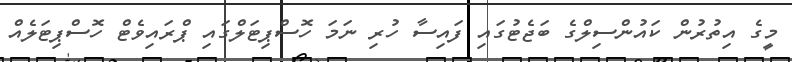
މީގެ އިތުރުން ކައުންސިލްގެ ބަޖެޓުގައި ފައިސާ ހުރި ނަމަ ހޮސްޕިޓަލްގައި ޕްރައިވެޓް ހޮސްޕިޓަލެއް